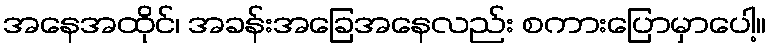
အနေအထိုင်၊ အခန်းအခြေအနေလည်း စကားပြောမှာပေါ့။